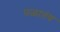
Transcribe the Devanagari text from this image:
पळातंय